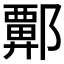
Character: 𫑬